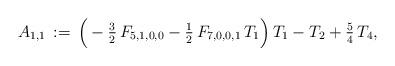
LaTeX: \begin{align*}A_{1,1}\,:=\,\Big(-\tfrac{3}{2}\,F_{5,1,0,0}-\tfrac{1}{2}\,F_{7,0,0,1}\,T_1\Big)\,T_1-T_2+\tfrac{5}{4}\,T_4,\end{align*}